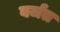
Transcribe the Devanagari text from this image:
वर्जत